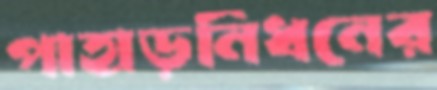
পাহাড়নিধনের